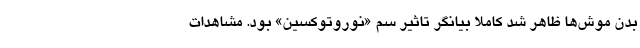
بدن موش‌ها ظاهر شد کاملا بیانگر تاثیر سم «نوروتوکسین» بود. مشاهدات